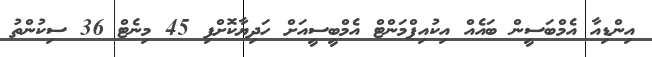
އިންޑިއާ އެމްބަސީން ބައެއް އިކުއިޕްމަންޓް އެމްބީސީއަށް ހަދިޔާކޮށްފި 45 މިނެޓް 36 ސިކުންތު